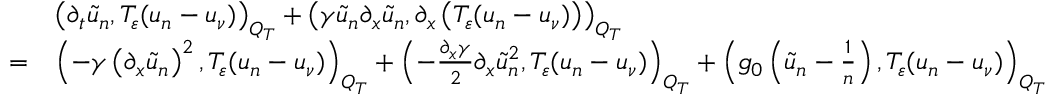
\begin{array} { r l } & { \left( \partial _ { t } \tilde { u } _ { n } , T _ { \varepsilon } ( u _ { n } - u _ { \nu } ) \right) _ { Q _ { T } } + \left( \gamma \tilde { u } _ { n } \partial _ { x } \tilde { u } _ { n } , \partial _ { x } \left( T _ { \varepsilon } ( u _ { n } - u _ { \nu } ) \right) \right) _ { Q _ { T } } } \\ { = } & { \left( - \gamma \left( \partial _ { x } \tilde { u } _ { n } \right) ^ { 2 } , T _ { \varepsilon } ( u _ { n } - u _ { \nu } ) \right) _ { Q _ { T } } + \left( - \frac { \partial _ { x } \gamma } { 2 } \partial _ { x } \tilde { u } _ { n } ^ { 2 } , T _ { \varepsilon } ( u _ { n } - u _ { \nu } ) \right) _ { Q _ { T } } + \left( g _ { 0 } \left( \tilde { u } _ { n } - \frac { 1 } { n } \right) , T _ { \varepsilon } ( u _ { n } - u _ { \nu } ) \right) _ { Q _ { T } } } \end{array}